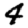
Digit: 4